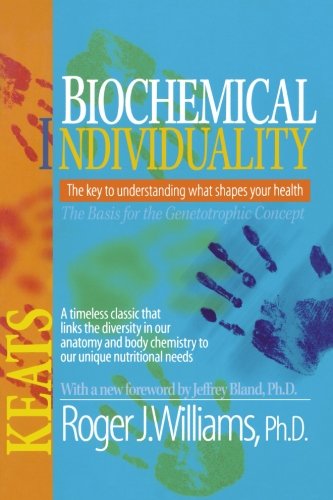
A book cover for Biochemical Individuality; Roger Williams; Health, Fitness & Dieting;